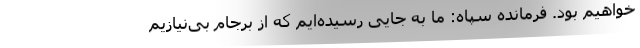
خواهیم بود. فرمانده سپاه: ما به جایی رسیده‌ایم که از برجام بی‌نیازیم